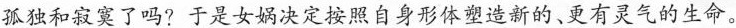
孤独和寂寞了吗?于是女娲决定按照自身形体塑造新的、更有灵气的生命。